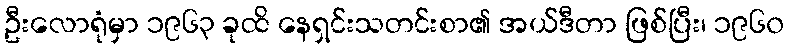
ဦးလောရုံမှာ ၁၉၆၃ ခုထိ နေရှင်းသတင်းစာ၏ အယ်ဒီတာ ဖြစ်ပြီး၊ ၁၉၆၀